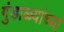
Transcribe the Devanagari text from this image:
गुंडाळ्यांच्या